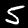
Label: 5